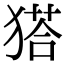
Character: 𤠟